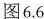
图6.6